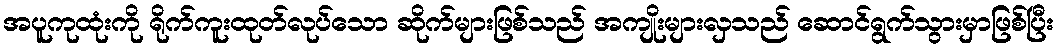
အပူကုထုံးကို ရိုက်ကူးထုတ်လုပ်သော ဆိုက်များဖြစ်သည် အကျိုးများလှသည် ဆောင်ရွက်သွားမှာဖြစ်ပြီး